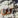
لن